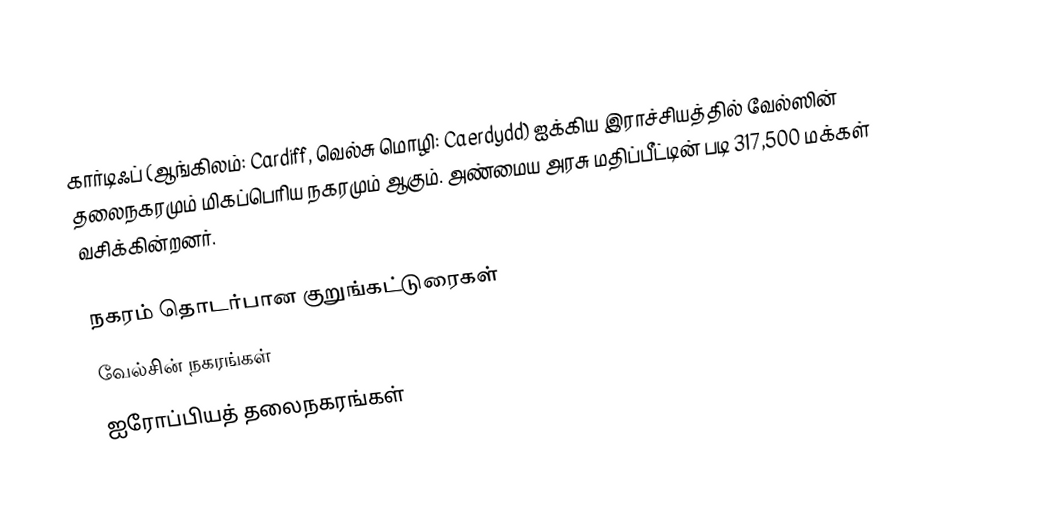
கார்டிஃப் (ஆங்கிலம்: Cardiff, வெல்சு மொழி: Caerdydd) ஐக்கிய இராச்சியத்தில் வேல்ஸின் தலைநகரமும் மிகப்பெரிய நகரமும் ஆகும். அண்மைய அரசு மதிப்பீட்டின் படி 317,500 மக்கள் வசிக்கின்றனர்.

நகரம் தொடர்பான குறுங்கட்டுரைகள்
வேல்சின் நகரங்கள்
ஐரோப்பியத் தலைநகரங்கள்